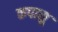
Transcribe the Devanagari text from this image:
कपासु